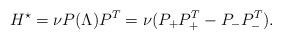
LaTeX: \begin{align*} H^\star = \nu P (\Lambda) P^T = \nu (P_+ P_+^T - P_- P_-^T). \end{align*}